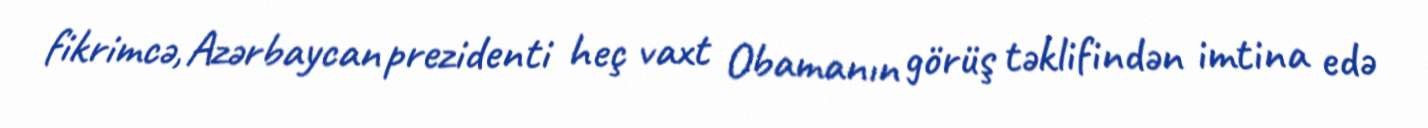
fikrimcə, Azərbaycan prezidenti heç vaxt Obamanın görüş təklifindən imtina edə